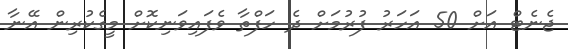
ޖެނެޓް އަށް 50 އަހަރު ފުރުމަށް ދެ ހަފްތާ ވެފައިވަނިކޮށް މީގެކުރިން އޭނާ